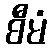
စီမံ